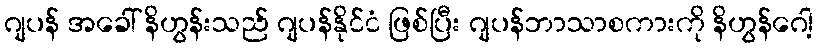
ဂျပန် အခေါ် နိဟွန်းသည် ဂျပန်နိုင်ငံ ဖြစ်ပြီး ဂျပန်ဘာသာစကားကို နိဟွန်ဂေါ့